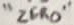
Text: "ZERO"